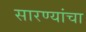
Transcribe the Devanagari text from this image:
सारण्यांचा